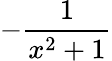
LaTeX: -{\frac{1}{x^{2}+1}}